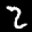
Label: 2